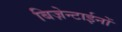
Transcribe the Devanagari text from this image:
बिज़ेन्टाईनों